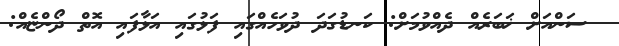
ސަންއަށް ޚަބަރެއް ދެއްވުމަށް: ކަނޑުގަދަ ދުވަހެއްގައި ފަޅުގައި އަޅާފައި އޮތް ދޯންޏެއް: